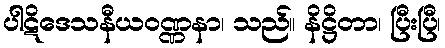
ပါဋိဒေသနီယဝဏ္ဏနာ၊ သည်။ နိဋ္ဌိတာ၊ ပြီးပြီ၊